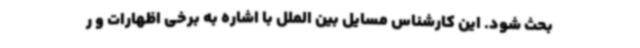
بحث شود. این کارشناس مسایل بین الملل با اشاره به برخی اظهارات و ر